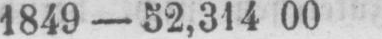
1849 - 52,314 00